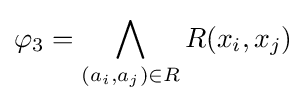
\varphi _{3}=\bigwedge _{(a_{i},a_{j})\in R}R(x_{i},x_{j})